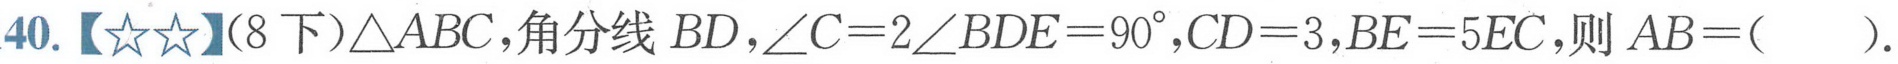
40.【★★】(8下)$\triangle ABC$,角分线 $BD$,$\angle C = 2\angle BDE=90^{\circ}$,$CD = 3$,$BE = 5EC$,则 $AB=(\ \ \ \ \ )$.